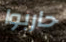
حاربوا